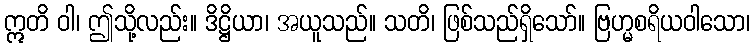
ဣတိ ဝါ၊ ဤသို့လည်း။ ဒိဋ္ဌိယာ၊ အယူသည်။ သတိ၊ ဖြစ်သည်ရှိသော်။ ဗြဟ္မစရိယဝါသော၊